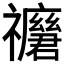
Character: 𥜢